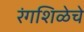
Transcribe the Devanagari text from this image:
रंगशिळेचे